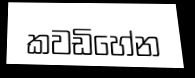
කවඩිහේන